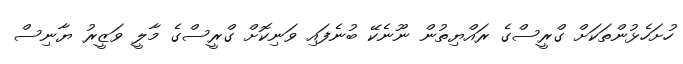
ހުށަހެޅުންތަކަށް ގްރީސްގެ ރައްޔިތުން ނޫނެކޭ ބުނެފައި ވަނިކޮށް ގްރީސްގެ މާލީ ވަޒީރު ޔާނިސް